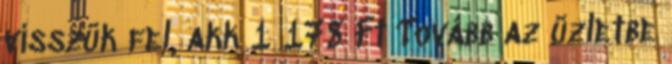
visszük fel, akk 1 178 Ft Tovább az üzletbe